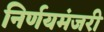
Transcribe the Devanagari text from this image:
निर्णयमंजरी